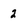
Character: 2